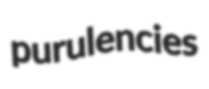
purulencies